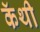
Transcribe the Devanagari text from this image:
कॅथी